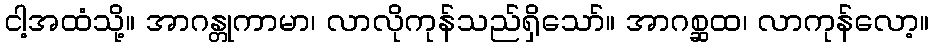
ငါ့အထံသို့။ အာဂန္တုကာမာ၊ လာလိုကုန်သည်ရှိသော်။ အာဂစ္ဆထ၊ လာကုန်လော့။